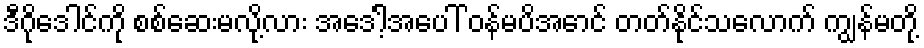
ဒီဂိုဒေါင်ကို စစ်ဆေးမလို့လား အဒေါ့်အပေါ် ဝန်မပိအောင် တတ်နိုင်သလောက် ကျွန်မတို့